65_HS1-834228961_62-HQ-83894_Section_9
Agency: FBI
Page 110
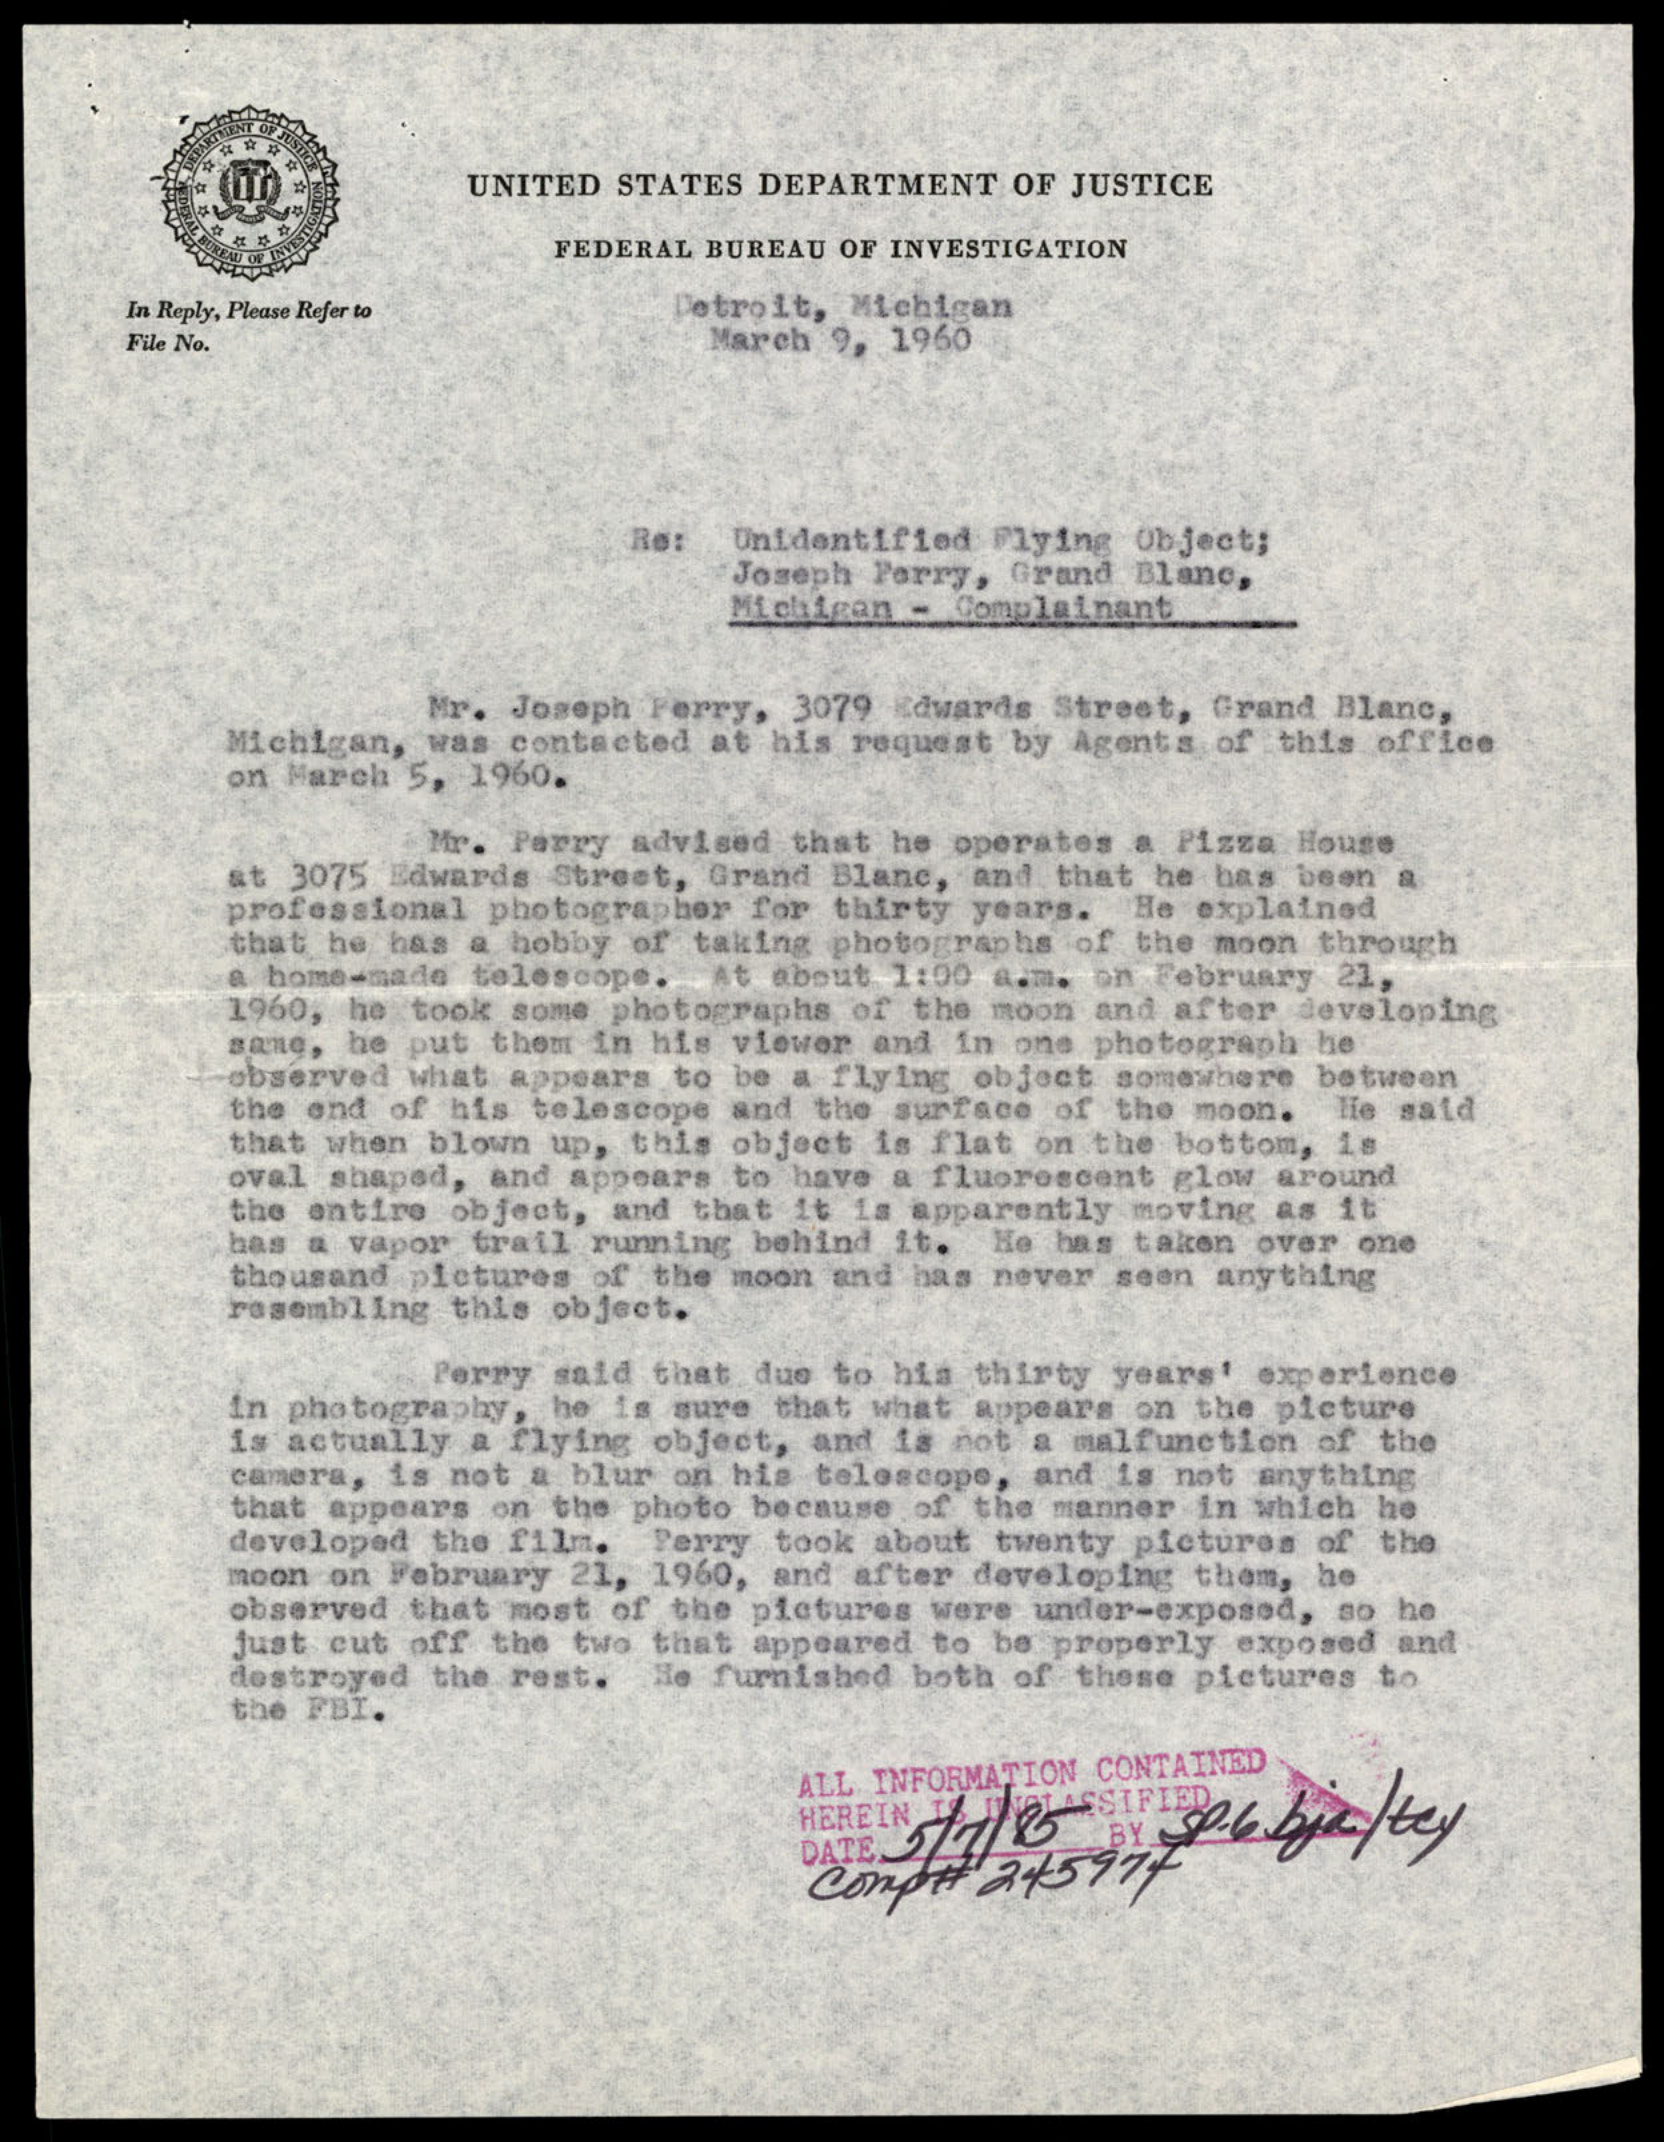